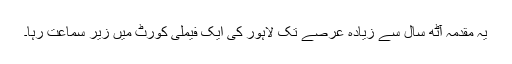
یہ مقدمہ آٹھ سال سے زیادہ عرصے تک لاہور کی ایک فیملی کورٹ میں زیر سماعت رہا۔